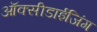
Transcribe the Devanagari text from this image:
ऑक्सीडाईजिंग